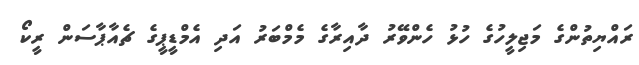
ރައްޔިތުންގެ މަޖިލީހުގެ ހުޅު ހެންވޭރު ދާއިރާގެ މެމްބަރު އަދި އެމްޑީޕީގެ ޗެއާޕާސަން ރީކޯ